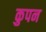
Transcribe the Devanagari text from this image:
कुपन